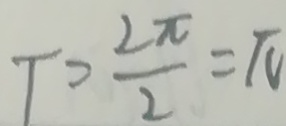
T = \frac { 2 \pi } { 2 } = \pi